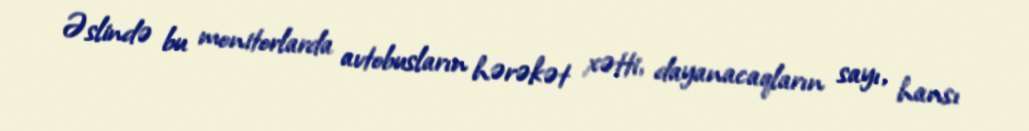
Əslində bu monitorlarda avtobusların hərəkət xətti, dayanacaqların sayı, hansı